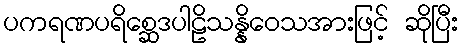
ပကရဏပရိစ္ဆေဒပါဠိသန္နိဝေသအားဖြင့် ဆိုပြီး